Annual administration report of the Civil Veterinary Department of India - 1909-1910
Year: 1909
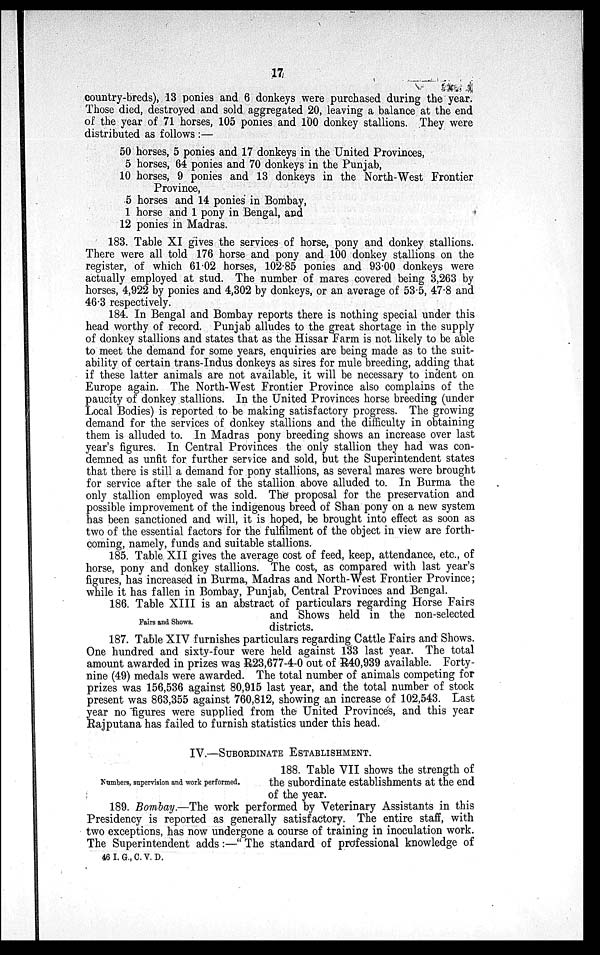
17
country-breds), 13 ponies and 6 donkeys were purchased during the year.
Those died, destroyed and sold aggregated 20, leaving a balance at the end
of the year of 71 horses, 105 ponies and 100 donkey stallions. They were
distributed as follows:—
50 horses, 5 ponies and 17 donkeys in the United Provinces,
5 horses, 64 ponies and 70 donkeys in the Punjab,
10 horses, 9 ponies and 13 donkeys in the North-West Frontier
Province,
5 horses and 14 ponies in Bombay,
1 horse and 1 pony in Bengal, and
12 ponies in Madras.
183. Table XI gives the services of horse, pony and donkey stallions.
There were all told 176 horse and pony and 100 donkey stallions on the
register, of which 61.02 horses, 102.85 ponies and 93.00 donkeys were
actually employed at stud. The number of mares covered being 3,263 by
horses, 4,922 by ponies and 4,302 by donkeys, or an average of 53.5, 47.8 and
46.3 respectively.
184. In Bengal and Bombay reports there is nothing special under this
head worthy of record. Punjab alludes to the great shortage in the supply
of donkey stallions and states that as the Hissar Farm is not likely to be able
to meet the demand for some years, enquiries are being made as to the suit-
ability of certain trans-Indus donkeys as sires for mule breeding, adding that
if these latter animals are not available, it will be necessary to indent on
Europe again. The North-West Frontier Province also complains of the
paucity of donkey stallions. In the United Provinces horse breeding (under
Local Bodies) is reported to be making satisfactory progress. The growing
demand for the services of donkey stallions and the difficulty in obtaining
them is alluded to. In Madras pony breeding shows an increase over last
year's figures. In Central Provinces the only stallion they had was con-
demned as unfit for further service and sold, but the Superintendent states
that there is still a demand for pony stallions, as several mares were brought
for service after the sale of the stallion above alluded to. In Burma the
only stallion employed was sold. The proposal for the preservation and
possible improvement of the indigenous breed of Shan pony on a new system
has been sanctioned and will, it is hoped, be brought into effect as soon as
two of the essential factors for the fulfilment of the object in view are forth-
coming, namely, funds and suitable stallions.
185. Table XII gives the average cost of feed, keep, attendance, etc., of
horse, pony and donkey stallions. The cost, as compared with last year's
figures, has increased in Burma, Madras and North-West Frontier Province;
while it has fallen in Bombay, Punjab, Central Provinces and Bengal.
186. Table XIII is an abstract of particulars regarding Horse Fairs
and Shows held in the non-selected
Fairs and Shows.
districts.
187. Table XIV furnishes particulars regarding Cattle Fairs and Shows.
One hundred and sixty-four were held against 133 last year. The total
amount awarded in prizes was R23,677-4-0 out of R40,939 available. Forty-
nine (49) medals were awarded. The total number of animals competing for
prizes was 156,536 against 80,915 last year, and the total number of stock
present was 863,355 against 760,812, showing an increase of 102,543. Last
year no figures were supplied from the United Provinces, and this year
Rajputana has failed to furnish statistics under this head.
IV.—SUBORDINATE ESTABLISHMENT.
Numbers, supervision and work performed.
188. Table VII shows the strength of
the subordinate establishments at the end
of the year.
189. Bombay.—The work performed by Veterinary Assistants in this
Presidency is reported as generally satisfactory. The entire staff, with
two exceptions, has now undergone a course of training in inoculation work.
The Superintendent adds:—"The standard of professional knowledge of
46 I. G., C. V. D.